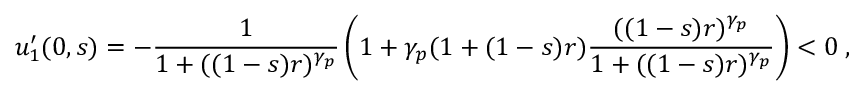
u _ { 1 } ^ { \prime } ( 0 , s ) = - \frac { 1 } { 1 + ( ( 1 - s ) r ) ^ { \gamma _ { p } } } \left( 1 + \gamma _ { p } ( 1 + ( 1 - s ) r ) \frac { ( ( 1 - s ) r ) ^ { \gamma _ { p } } } { 1 + ( ( 1 - s ) r ) ^ { \gamma _ { p } } } \right) < 0 \; ,